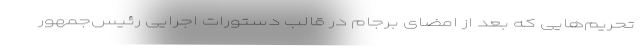
تحریم‌هایی که بعد از امضای برجام در قالب دستورات اجرایی رئیس‌جمهور